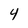
Character: 4